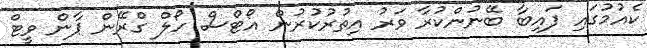
ކެއުމުގައި ފައިބާ ބޭނުންކުރާ ވަރު އިތުރުކުރުން އޯޓްސް ހޯލް ގްރޭން ޕާން ވީޓް